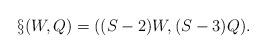
LaTeX: \begin{align*}\S(W,Q) = ((S-2)W,(S-3)Q).\end{align*}